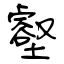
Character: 壑